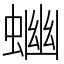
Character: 𧍘